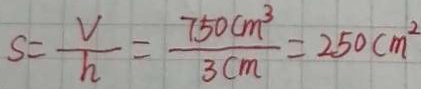
S = \frac { V } { h } = \frac { 7 5 0 c m ^ { 3 } } { 3 c m } = 2 5 0 c m ^ { 2 }